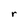
Character: r